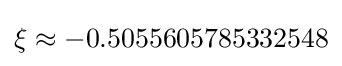
\xi \approx -0.5055605785332548